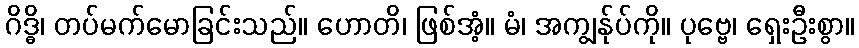
ဂိဒ္ဓိ၊ တပ်မက်မောခြင်းသည်။ ဟောတိ၊ ဖြစ်အံ့။ မံ၊ အကျွန်ုပ်ကို။ ပုဗ္ဗေ၊ ရှေးဦးစွာ။